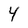
Character: 4